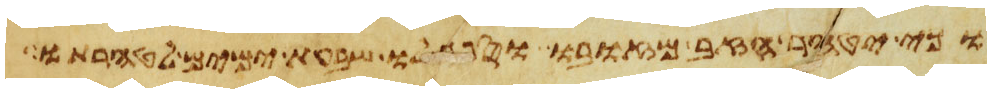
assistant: וכי יטהר הזב מזובו וספר לו שבעת ימים לטהרתו